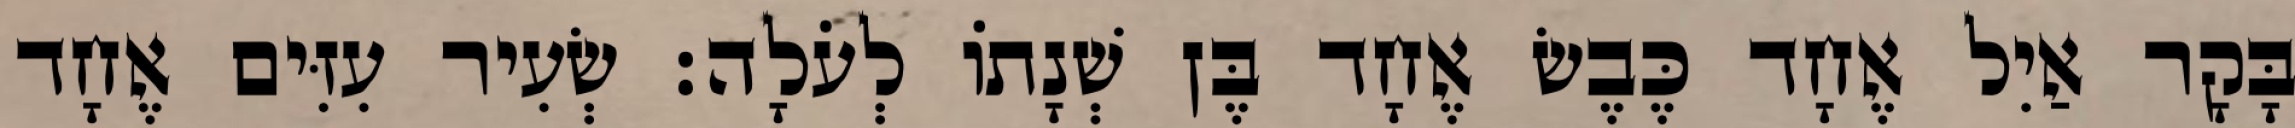
בָּקָר אַיִל אֶחָד כֶּבֶשׂ אֶחָד בֶּן שְׁנָתוֹ לְעֹלָה׃ שְׂעִיר עִזִּים אֶחָד